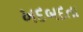
ખદબદતા